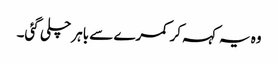
وہ یہ کہہ کر کمرے سے باہر چلی گئی۔